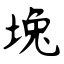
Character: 堍